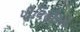
પોલિસીઓ